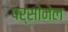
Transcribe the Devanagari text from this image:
पर्सोनेल